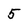
Character: 5